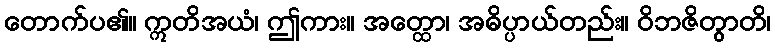
တောက်ပ၏။ ဣတိအယံ၊ ဤကား။ အတ္ထော၊ အဓိပ္ပာယ်တည်း။ ဝိဘဇိတွာတိ၊